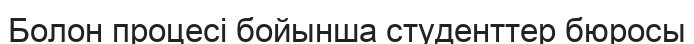
Болон процесі бойынша студенттер бюросы